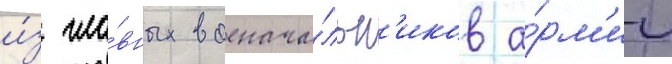
и́з гла́вных военача́льн'иков а́рм'ии